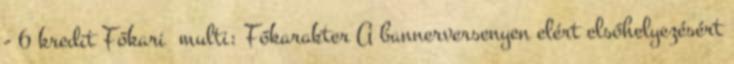
- 6 kredit Főkari multi: Főkarakter A bannerversenyen elért elsőhelyezésért